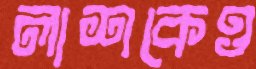
লাশকেও